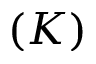
( K )